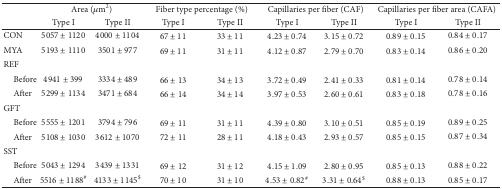
|  | <COLSPAN=2> Area (μm2) | <COLSPAN=2> Fiber type percentage (%) | <COLSPAN=2> Capillaries per fiber (CAF) | <COLSPAN=2> Capillaries per fiber area (CAFA) |
 |  | Type I | Type II | Type I | Type II | Type I | Type II | Type I | Type II |
 | --- | --- | --- | --- | --- | --- | --- | --- | --- |
 | CON | 5057 ± 1120 | 4000 ± 1104 | 67 ± 11 | 33 ± 11 | 4.23 ± 0.74 | 3.15 ± 0.72 | 0.89 ± 0.15 | 0.84 ± 0.17 |
 | MYA | 5193 ± 1110 | 3501 ± 977 | 69 ± 11 | 31 ± 11 | 4.12 ± 0.87 | 2.79 ± 0.70 | 0.83 ± 0.14 | 0.86 ± 0.20 |
 | REF |  |  |  |  |  |  |  |  |
 | Before | 4941 ± 399 | 3334 ± 489 | 66 ± 13 | 34 ± 13 | 3.72 ± 0.49 | 2.41 ± 0.33 | 0.81 ± 0.14 | 0.78 ± 0.14 |
 | After | 5299 ± 1134 | 3471 ± 684 | 66 ± 14 | 34 ± 14 | 3.97 ± 0.53 | 2.60 ± 0.61 | 0.83 ± 0.18 | 0.78 ± 0.16 |
 | GFT |  |  |  |  |  |  |  |  |
 | Before | 5555 ± 1201 | 3794 ± 796 | 69 ± 11 | 31 ± 11 | 4.39 ± 0.80 | 3.10 ± 0.51 | 0.85 ± 0.19 | 0.89 ± 0.25 |
 | After | 5108 ± 1030 | 3612 ± 1070 | 72 ± 11 | 28 ± 11 | 4.18 ± 0.43 | 2.93 ± 0.57 | 0.85 ± 0.15 | 0.87 ± 0.34 |
 | SST |  |  |  |  |  |  |  |  |
 | Before | 5043 ± 1294 | 3439 ± 1331 | 69 ± 12 | 31 ± 12 | 4.15 ± 1.09 | 2.80 ± 0.95 | 0.85 ± 0.13 | 0.88 ± 0.22 |
 | After | 5516 ± 1188# | 4133 ± 1145$ | 70 ± 10 | 31 ± 10 | 4.53 ± 0.82# | 3.31 ± 0.64$ | 0.88 ± 0.13 | 0.85 ± 0.17 |